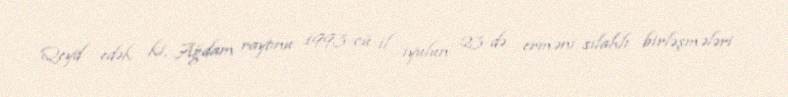
Qeyd edək ki, Ağdam rayonu 1993-cü il iyulun 23-də erməni silahlı birləşmələri